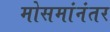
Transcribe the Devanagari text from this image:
मोसमांनंतर